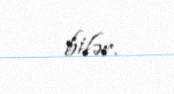
bilər.